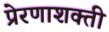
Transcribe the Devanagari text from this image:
प्रेरणाशक्ती